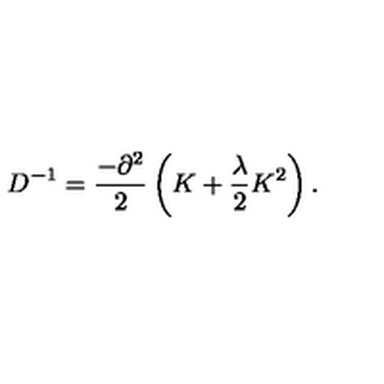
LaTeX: D ^ { - 1 } = \frac { - \partial ^ { 2 } } { 2 } \left( K + \frac { \lambda } { 2 } K ^ { 2 } \right) .